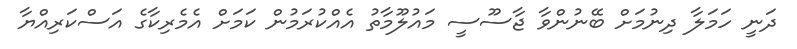
ދަނީ ހަމަލާ ދިނުމަށް ބޭނުންވާ ޖާސޫސީ މައުލޫމާތު އެއްކުރަމުން ކަމަށް އެމެރިކާގެ އަސްކަރިއްޔާ